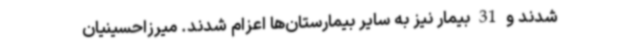
شدند و 31 بیمار نیز به سایر بیمارستان‌ها اعزام شدند. میرزاحسینیان